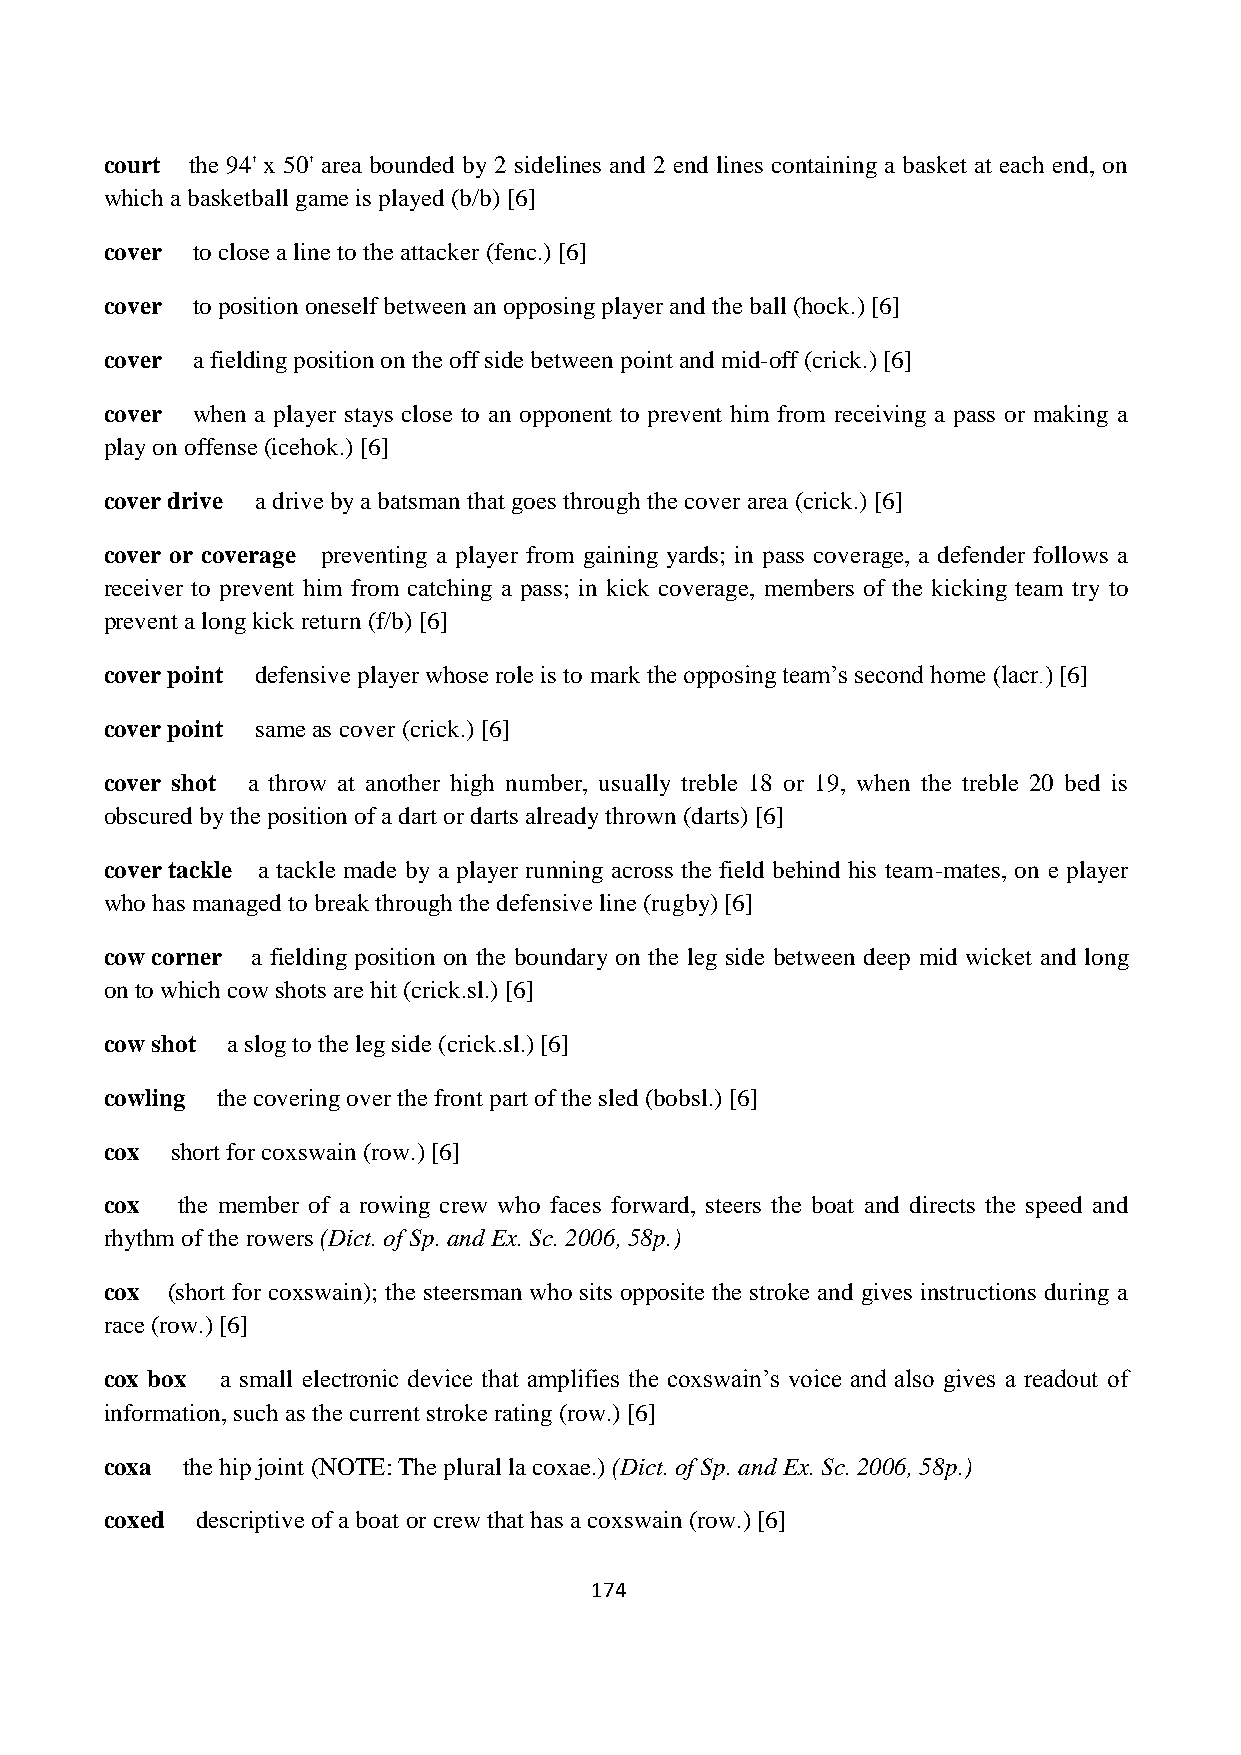
court the 94' x 50' area bounded by 2 sidelines and 2 end lines containing a basket at each end, on
 which a basketball game is played (b/b) [6]
 cover to close a line to the attacker (fenc.) [6]
 cover to position oneself between an opposing player and the ball (hock.) [6]
 cover a fielding position on the off side between point and mid-off (crick.) [6]
 cover when a player stays close to an opponent to prevent him from receiving a pass or making a
 play on offense (icehok.) [6]
 cover drive a drive by a batsman that goes through the cover area (crick.) [6]
 cover or coverage preventing a player from gaining yards; in pass coverage, a defender follows a
 receiver to prevent him from catching a pass; in kick coverage, members of the kicking team try to
 prevent a long kick return (f/b) [6]
 cover point defensive player whose role is to mark the opposing team’s second home (lacr.) [6]
 cover point same as cover (crick.) [6]
 cover shot a throw at another high number, usually treble 18 or 19, when the treble 20 bed is
 obscured by the position of a dart or darts already thrown (darts) [6]
 cover tackle a tackle made by a player running across the field behind his team-mates, on e player
 who has managed to break through the defensive line (rugby) [6]
 cow corner a fielding position on the boundary on the leg side between deep mid wicket and long
 on to which cow shots are hit (crick.sl.) [6]
 cow shot a slog to the leg side (crick.sl.) [6]
 cowling the covering over the front part of the sled (bobsl.) [6]
 cox short for coxswain (row.) [6]
 cox  the member of a rowing crew who faces forward, steers the boat and directs the speed and
 rhythm of the rowers (Dict. of Sp. and Ex. Sc. 2006, 58p.)
 cox (short for coxswain); the steersman who sits opposite the stroke and gives instructions during a
 race (row.) [6]
 cox box a small electronic device that amplifies the coxswain’s voice and also gives a readout of
 information, such as the current stroke rating (row.) [6]
 coxa the hip joint (NOTE: The plural la coxae.) (Dict. of Sp. and Ex. Sc. 2006, 58p.)
 coxed descriptive of a boat or crew that has a coxswain (row.) [6]
 174